Annual returns of the Patna Lunatic Asylum at Bankipore in Bihar and Orissa - 1912-1924
Year: 1912
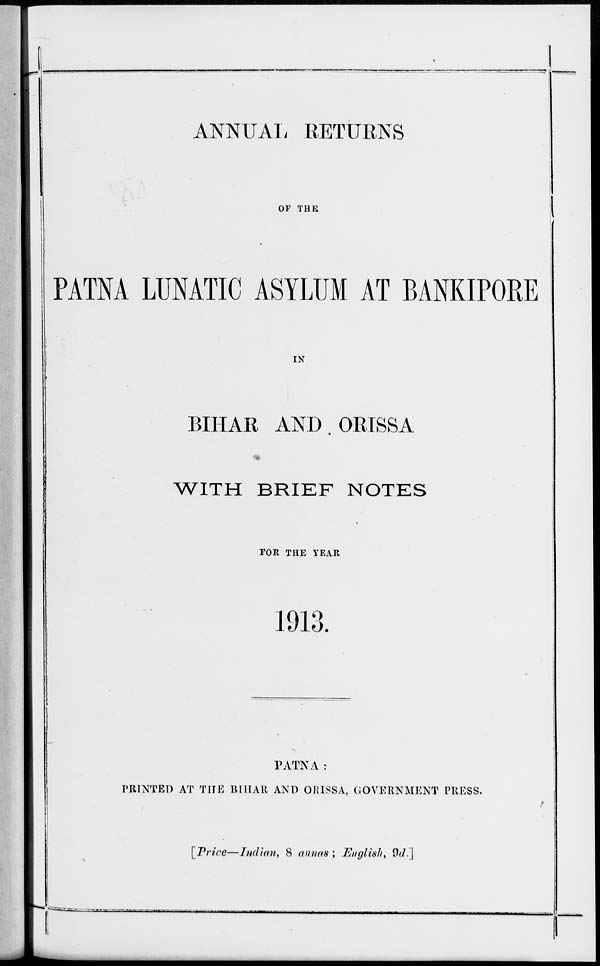
ANNUAL RETURNS
OF THE
PATNA LUNATIC ASYLUM AT BANKIPORE
IN
BIHAR AND ORISSA
WITH BRIEF NOTES
FOR THE YEAR
1913.
PATNA :
PRINTED AT THE BIHAR AND ORISSA, GOVERNMENT PRESS.
[Price—Indian, 8 annas ; English, 9d.]